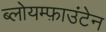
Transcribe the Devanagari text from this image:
ब्लोयम्फ़ाउंटेन